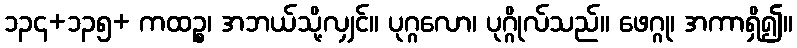
၁၃၄+၁၃၅+ ကထဉ္စ၊ အဘယ်သို့လျှင်။ ပုဂ္ဂလော၊ ပုဂ္ဂိုလ်သည်။ ဖေဂ္ဂု၊ အကာရှိ၍။